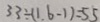
3 3 \div ( 1 . 6 - 1 ) = 5 5